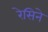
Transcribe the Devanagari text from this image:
रेसिने